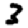
Digit: 3